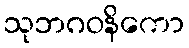
သုဘဂဝနိကော